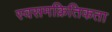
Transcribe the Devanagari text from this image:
स्वसमक्रितिकता